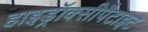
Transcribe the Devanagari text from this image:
हाइड्रॉक्सीपैटाइट